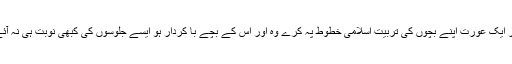
اگر ایک عورت اپنے بچوں کی تربیت اسلامی خطوط پہ کرے وہ اور اس کے بچے با کردار ہو ایسے جلوسوں کی کبھی نوبت ہی نہ آئے۔